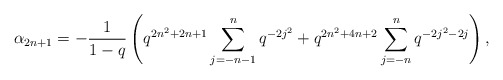
\begin{align*} \alpha_{2n+1} = -\frac{1}{1-q}\left(q^{2n^2+2n+1}\sum_{j=-n-1}^{n}q^{-2j^2} + q^{2n^2+4n+2}\sum_{j=-n}^{n}q^{-2j^2-2j}\right),\end{align*}